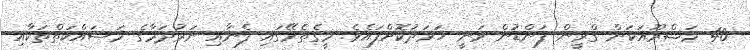
40 މަޝްރޫއަކަށް ގްރީން ފަންޑުން ވަނީ ޚަރަދުކޮށްފައެވެ. މީގެތެރޭގައި ފެނާއި ނަރުދަމާގެ މަސައްކަތްތަކާއި